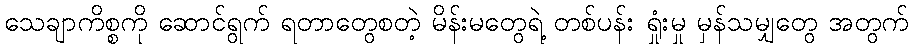
သေချာကိစ္စကို ဆောင်ရွက် ရတာတွေစတဲ့ မိန်းမတွေရဲ့ တစ်ပန်း ရှုံးမှု မှန်သမျှတွေ အတွက်